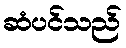
ဆံပင်သည်